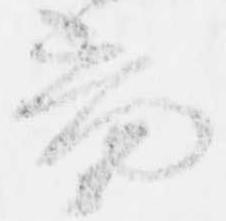
音